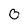
Character: 0